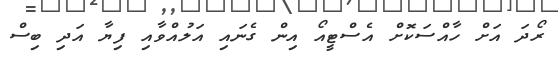
ރޯދަ އަށް ހާއްސަކޮށް އެސްޓީއޯ އިން ގެނައި އަލުއްވާއި ފިޔާ އަދި ބިސް